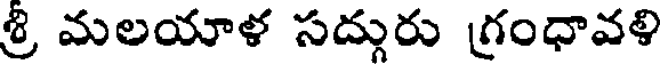
శ్రి మలయాళ సద్గురు గ్రంధావళి